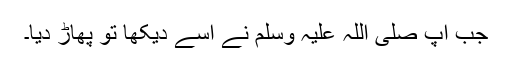
جب آپ صلی اللہ علیہ وسلم نے اسے دیکھا تو پھاڑ دیا۔